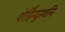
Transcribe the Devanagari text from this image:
शेर्हिन्दुस्थनि